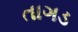
તાગડ